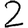
Digit: 2